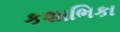
કશાભિકા